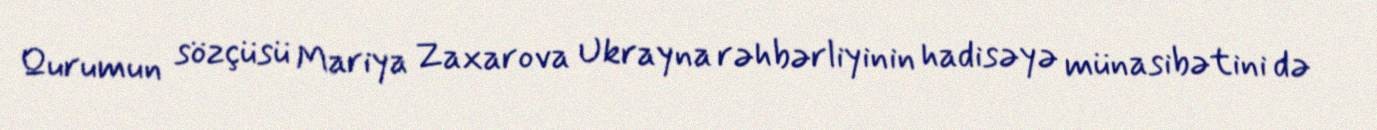
Qurumun sözçüsü Mariya Zaxarova Ukrayna rəhbərliyinin hadisəyə münasibətini də